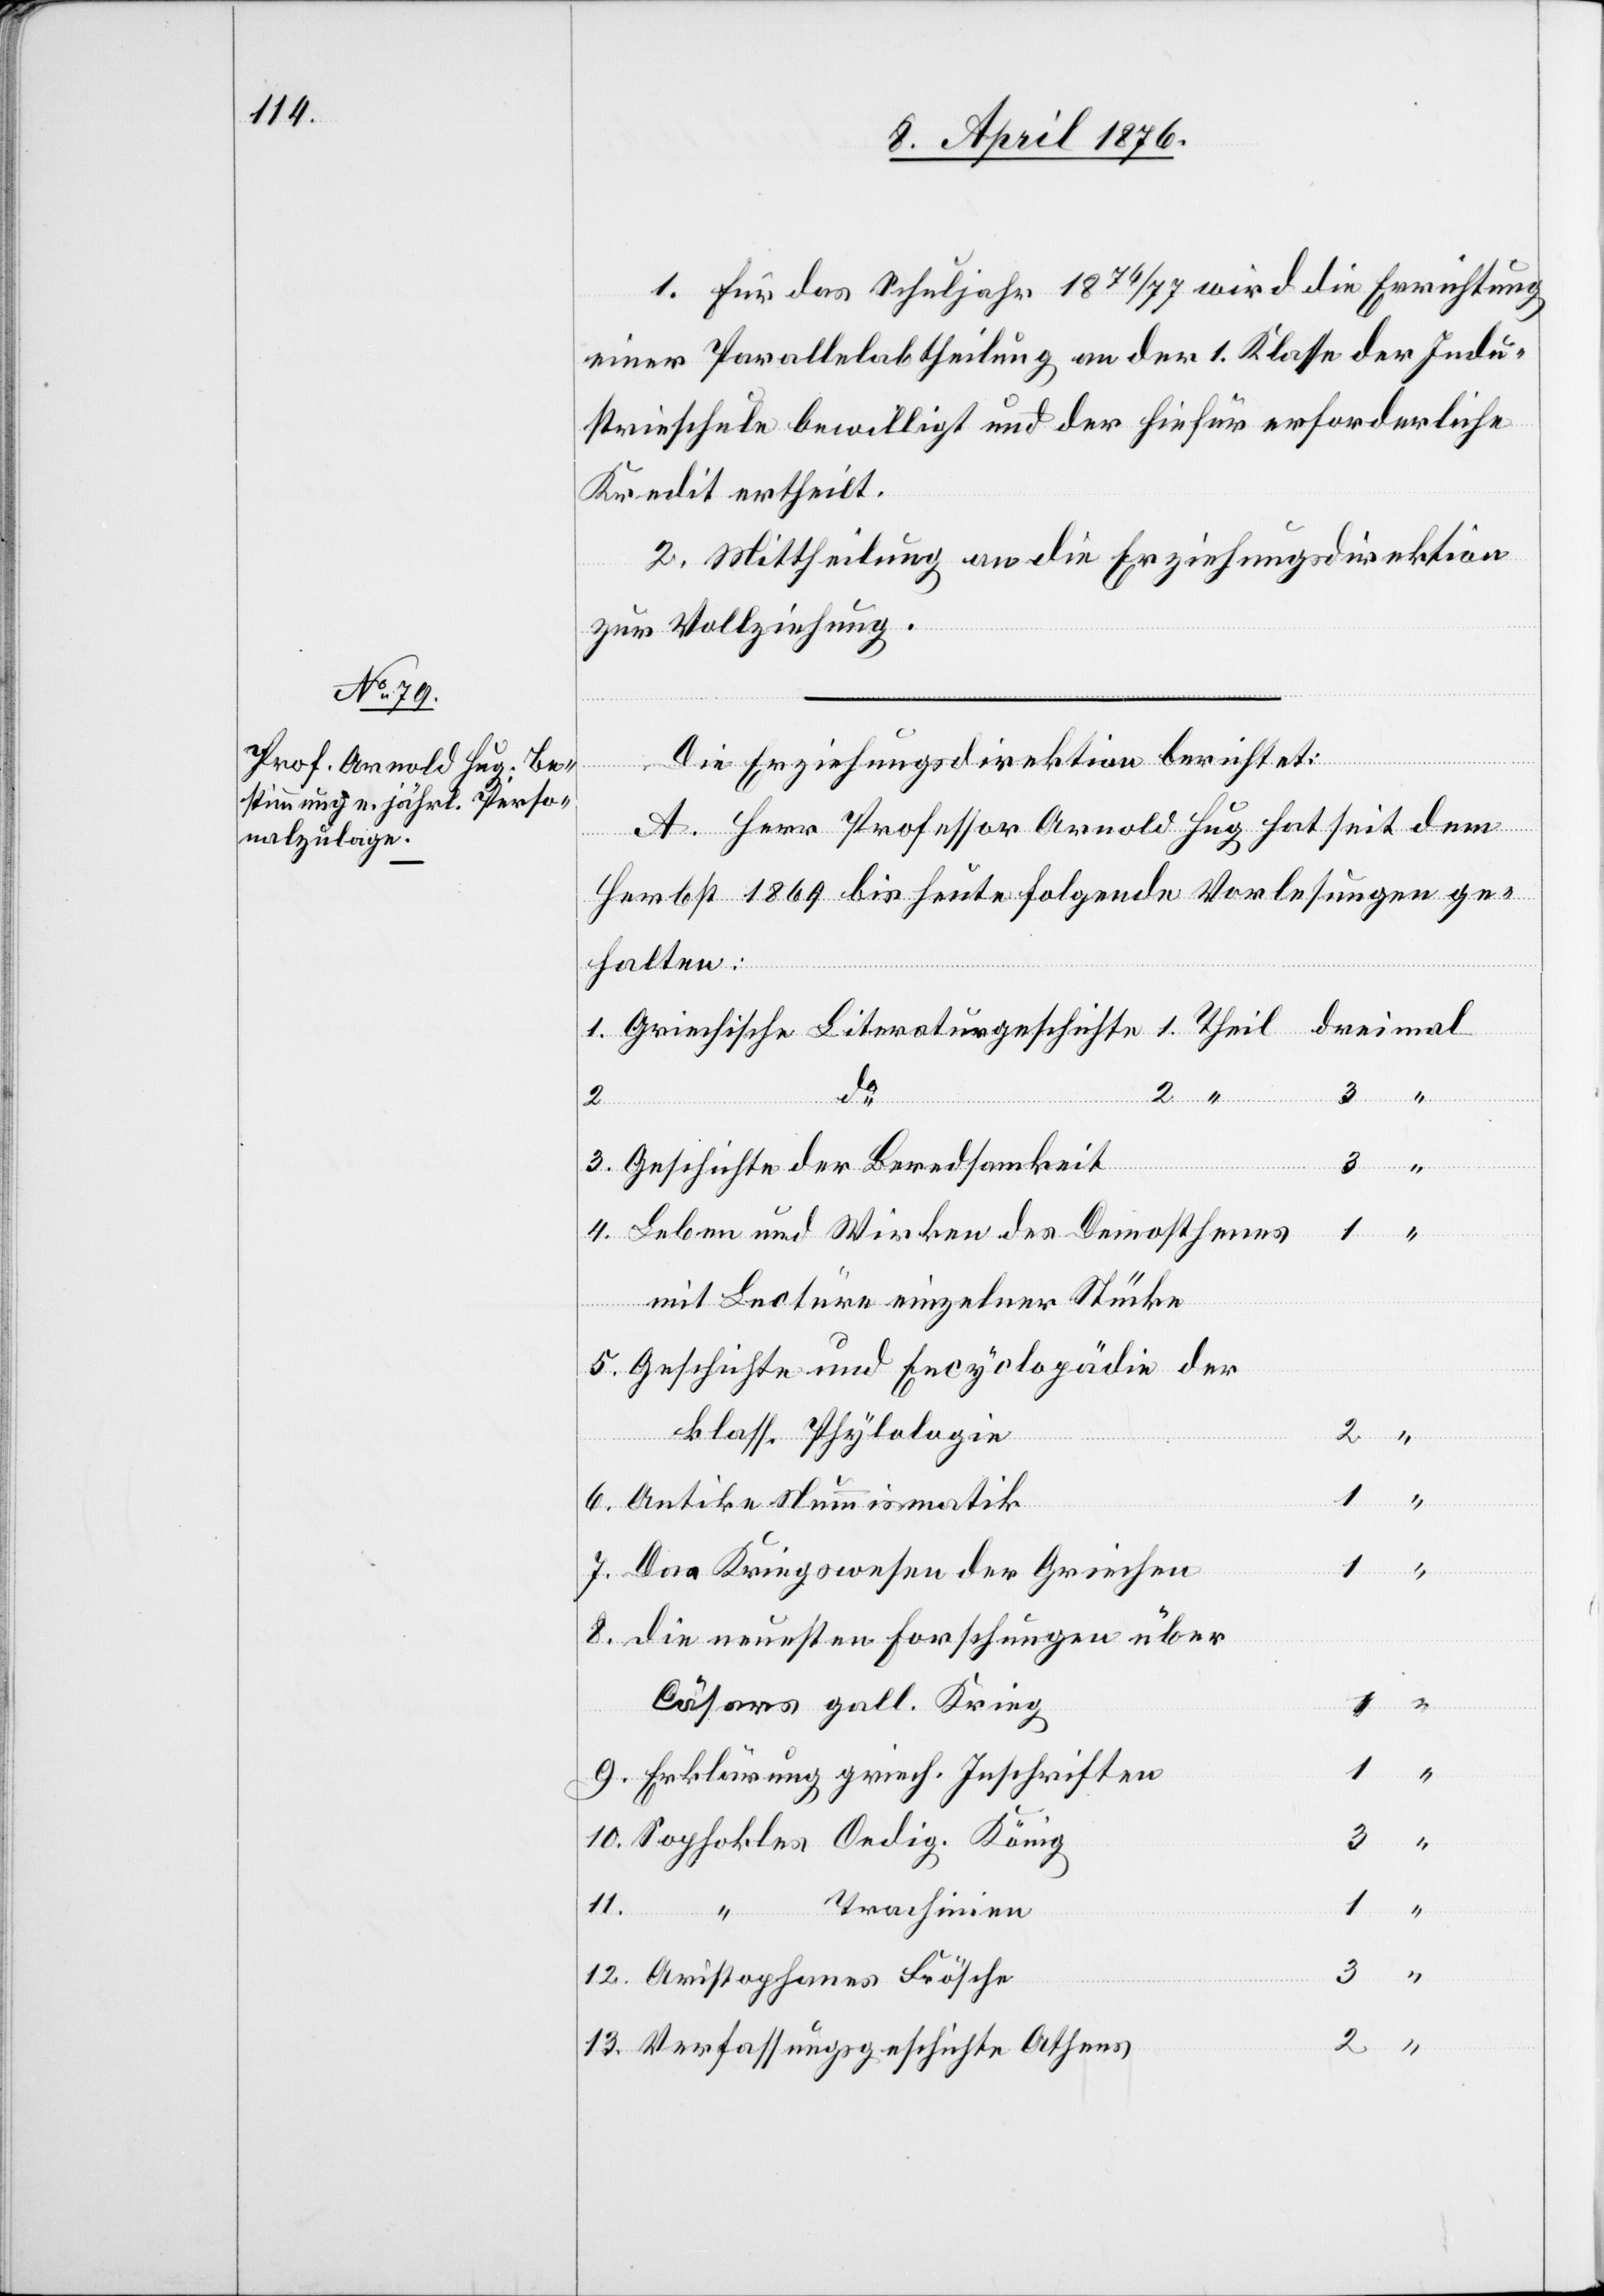
1. Für das Schuljahr 1876/77 wird die Errichtung
einer Parallelabtheilung an der 1. Klasse der Indu¬
strieschule bewilligt und der hiefür erforderliche
Kredit ertheilt.
2. Mittheilung an die Erziehungsdirektion
zur Vollziehung.
Die Erziehungsdirektion berichtet:
A. Herr Professor Arnold Hug hat seit dem
7.
Herbst 1869 bis heute folgende Vorlesungen ge¬
halten:
dreimal
2.
13.
Leben und Wirken des Demosthenes
mit Lectüre einzelner Stücke
Geschichte und Encyclopädie der
klass. Psychologie
2
ichte
1
“
Antike Numismatik
Das Kriegswesen der Griechen
die neuesten Forschungen über
Cäsars gallischen Krieg
Erklärung griech. Inschriften
Sophokles Oedip. König
11.
10.
Beredsamkeit
“
Trachinien
3
Aristhophanes Frösche
Verfassungsgeschichte Athens

“